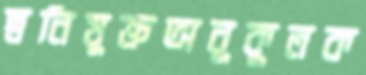
স্বনিযুক্তঅনুকুলক